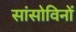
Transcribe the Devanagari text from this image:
सांसोविनों